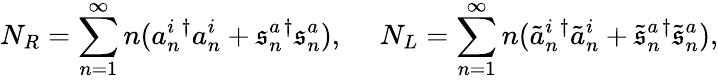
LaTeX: N_{R}=\sum_{n=1}^{\infty}n(a_{n}^{i}{}^{\dagger}a_{n}^{i}+\mathfrak{s}_{n}^{a}{}^{\dagger}\mathfrak{s}_{n}^{a}),~~~~~N_{L}=\sum_{n=1}^{\infty}n(\tilde{{a}}_{n}^{i}{}^{\dagger}\tilde{{a}}_{n}^{i}+\tilde{{\mathfrak{s}}}_{n}^{a}{}^{\dagger}\tilde{{\mathfrak{s}}}_{n}^{a}),